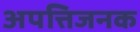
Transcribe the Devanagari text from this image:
अपत्तिजनक